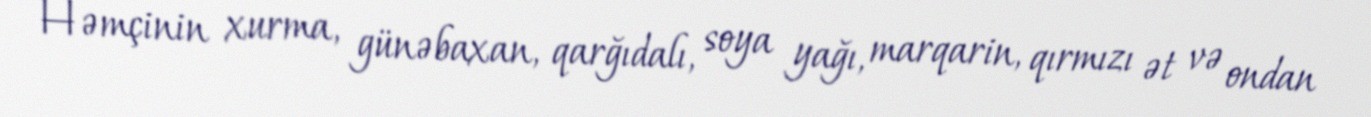
Həmçinin xurma, günəbaxan, qarğıdalı, soya yağı, marqarin, qırmızı ət və ondan